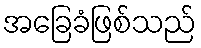
အခြေခံဖြစ်သည်